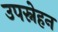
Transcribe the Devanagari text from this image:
उपस्नेहन